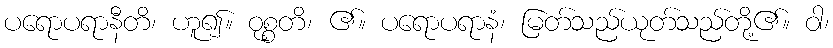
ပရောပရာနီတိ၊ ဟူ၍။ ဝုစ္စတိ၊ ၏။ ပရောပရာနံ၊ မြတ်သည်ယုတ်သည်တို့၏။ ဝါ၊